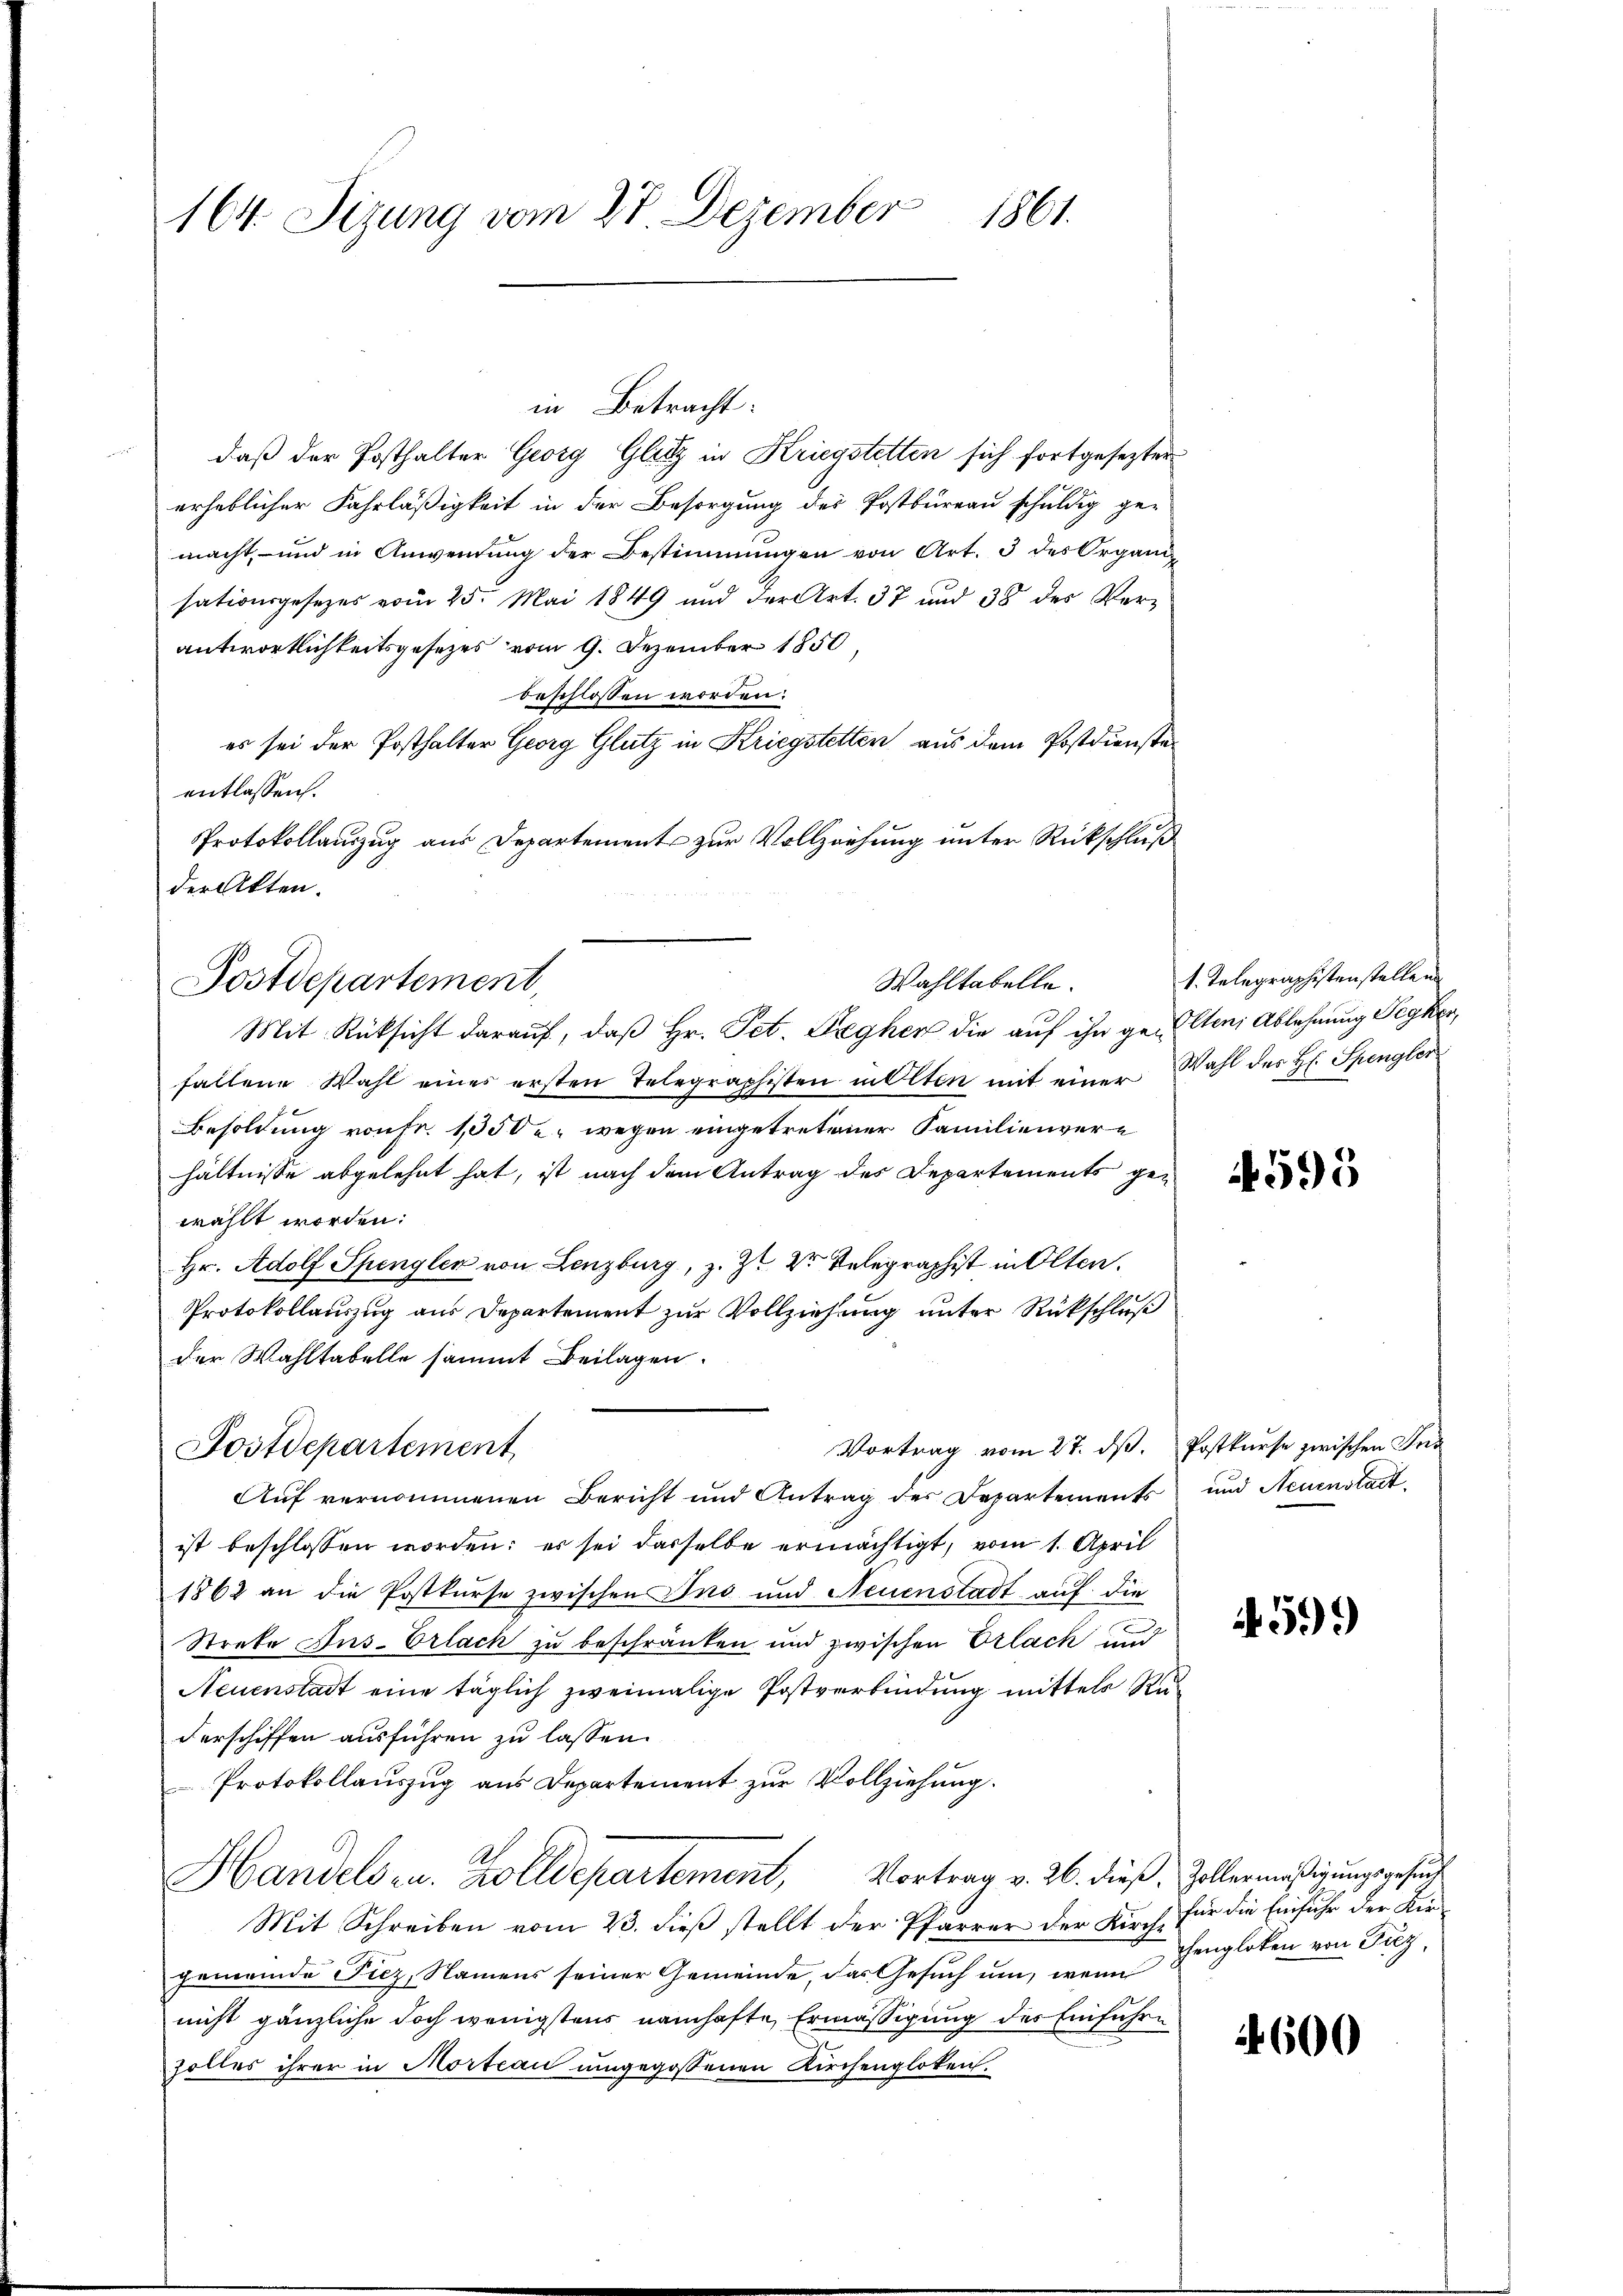
164. Sizung vom 27 Dezember 1861.

daß der Posthalter Georg Glitz in Kriegstetten sich fortgesezter
erheblicher Fahrläßigkeit in der Besorgung des Postbureau schuldig gemacht, und in Anwendung der Bestimmungen von Art. 3 des Organi
sationsgesezes vom 25. Mai 1849 und der Art. 37 und 38 des Verantwortlichkeitsgesezes vom 9. Dezember 1850
beschlossen worden:
es sei der Posthalter Georg Glutz in Kriegstetten aus dem Postdiensteentlassen.
Protokollauszug aus Departements zur Vollziehung unter Rückschluß
der Akten.
Mit Rücksicht darauf, daß Hr. Pet. Freyhen die auf ihn gelten Ablehnung Pegken,
fallene Wahl eines ersten Telegraphisten in Olten mit einer Wahl des H. Spengler
Besoldung von Fr. 1000 u. wegen eingetretener Familienvere
hältnisse abgelehnt hat, ist nach dem Antrag des Departements gen
wählt worden.
Hr. Adolf Spengler von Lenzburg, z. Z. V. Relegraphist in Olten.
Protokollauszug aus Departement zur Vollziehung unter Rückschluß
der Wahltabelle sammt Beilagen.
Vortrag vom 27. dß. Postkurse zwischen Ins
Postdepartement
Auf vernommenen Bericht und Antrag des Departements und Neuenstatt
ist beschlossen worden; es sei dasselbe ermächtigt, vom 1. April
1862 an die Postkurse zwischen Ins und Neuenstadt auf die
Streke Jus. Erlach zu beschränken und zwischen Erlach und
Neuenstadt eine täglich zweimalige Postverbindung mittels Ru-
derschiffen ausführen zu lassen.
Protokollauszug aus Departement zur Vollziehung.
Handelsen. Zolldepartement, Vortrag v. 26. dieß, Zollermäßigungsgesuch
Mit Schreiben vom 23. dieß stellt der Pfarrer der Kirch¬
Gemeinde Piez, Namens seiner Gemeinde, das Gesuch um, wenn
nicht gänzliche doch wenigstens namhafte Ermäßigung des Einführzolles ihrer in Mortian umgegossenen Kirchengloten.

Postdepartement,

Betracht:

Wahltabelle.

1. Telegraphistenstellen

4595

599)

für die Einfuhr der Kirhengloten von Fiez,

600